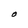
Character: O